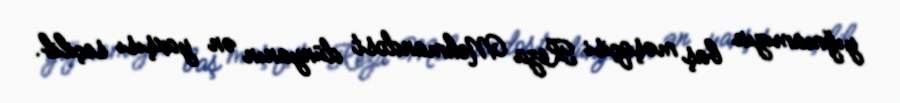
yığmamızın baş məşqçisi Reza Mehmandost dünyanın ən yaxşısı seçilib.